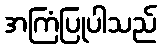
အကြံပြုပါသည်